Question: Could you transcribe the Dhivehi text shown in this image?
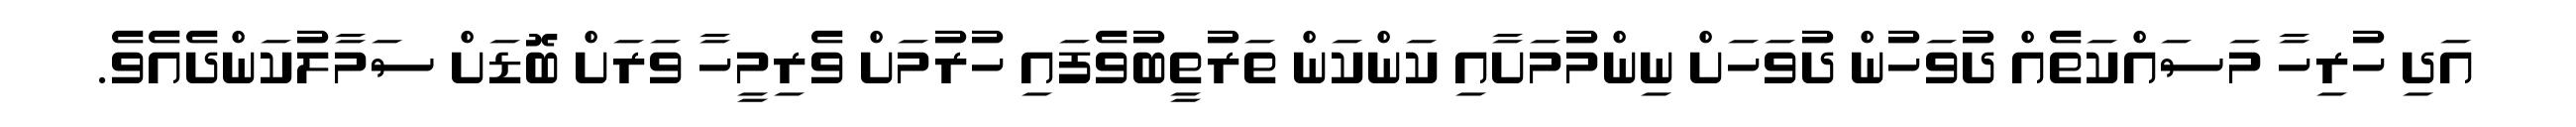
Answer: އަދި ހުރިހާ މަސައްކަތެއް ދުވަހުން ދުވަހަށް ނިންމުމަށާއި ކަންކަން ތަރުތީބުވެފައި ހުރުމަށް ވެރިމީހާ ވަރަށް ބޮޑަށް ސަމާލުކަންދެއެވެ.